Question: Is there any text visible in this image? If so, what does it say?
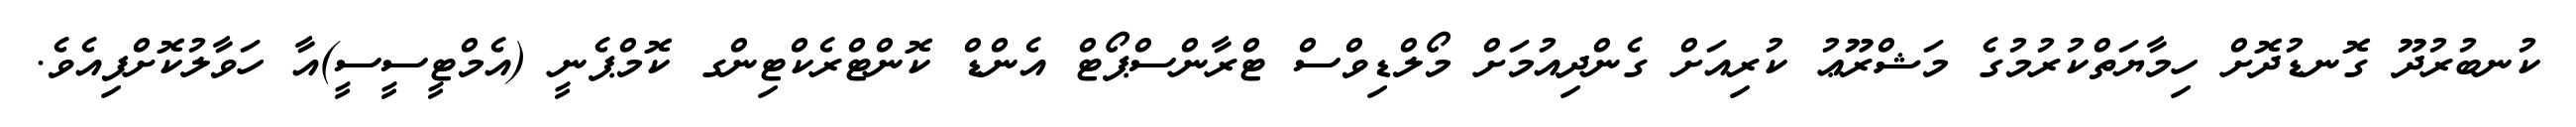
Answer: ކުނބުރުދޫ ގޮނޑުދޮށް ހިމާޔަތްކުރުމުގެ މަޝްރޫޢު ކުރިއަށް ގެންދިއުމަށް މޯލްޑިވްސް ޓްރާންސްޕޯޓް އެންޑް ކޮންޓްރެކްޓިންގ ކޮމްޕެނީ (އެމްޓީސީސީ)އާ ހަވާލުކޮށްފިއެވެ.